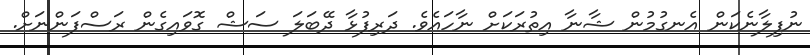
ނުފިލާނެކަން އެނގުމުން ޝާނާ އިތުރަކަށް ނާހައެވެ. ދަރިފުޅާ ދޭބަލަ ސަޝް ގޮވައިގެން ރަސްފަންނަށް.